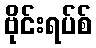
ဗိုင်းရပ်စ်